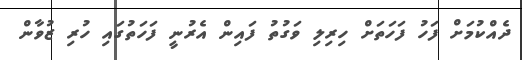
ދެއްކުމަށް ފަހު ފަހަތަށް ހިރިލި ވަގުތު ފައިން އެރުނީ ފަހަތުގައި ހުރި ޒުވާން